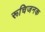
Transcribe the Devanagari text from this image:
रूचिजनक